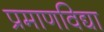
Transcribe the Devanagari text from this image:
प्रमाणविद्या